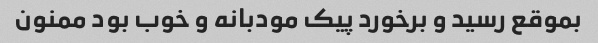
بموقع رسید و برخورد پیک مودبانه و خوب بود ممنون